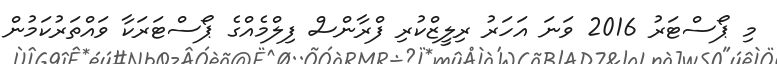
މި ޕޯސްޓަރު 2016 ވަނަ އަހަރު ރިލީޒްކުރި ފްރާންސް ފިލްމެއްގެ ޕޯސްޓަރަކާ ވައްތަރުކަމުން